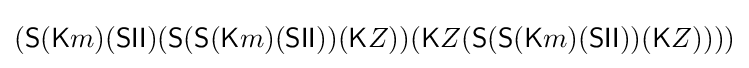
({\textsf {S}}({\textsf {K}}m)({\textsf {S}}{\textsf {I}}{\textsf {I}})({\textsf {S}}({\textsf {S}}({\textsf {K}}m)({\textsf {S}}{\textsf {I}}{\textsf {I}}))({\textsf {K}}Z))({\textsf {K}}Z({\textsf {S}}({\textsf {S}}({\textsf {K}}m)({\textsf {S}}{\textsf {I}}{\textsf {I}}))({\textsf {K}}Z))))